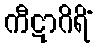
ကီဋာဂိရိံ